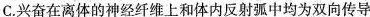
C.兴奋在离体的神经纤维上和体内反射弧中均为双向传导